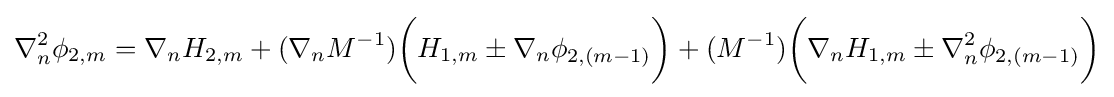
\nabla _{n}^{2}\phi _{2,m}=\nabla _{n}H_{2,m}+(\nabla _{n}M^{-1}){\bigg (}H_{1,m}\pm \nabla _{n}\phi _{2,(m-1)}{\bigg )}+(M^{-1}){\bigg (}\nabla _{n}H_{1,m}\pm \nabla _{n}^{2}\phi _{2,(m-1)}{\bigg )}